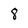
Character: 8